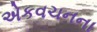
એકવચનના